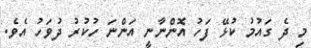
މި ދެ ގައުމު ކުޅޭ ފަހު އޮންނާނީ އަންނަ ހުކުރު ދުވަހު އެވެ.